Vabadussoja_Ajaloo_Komitee, lk 11
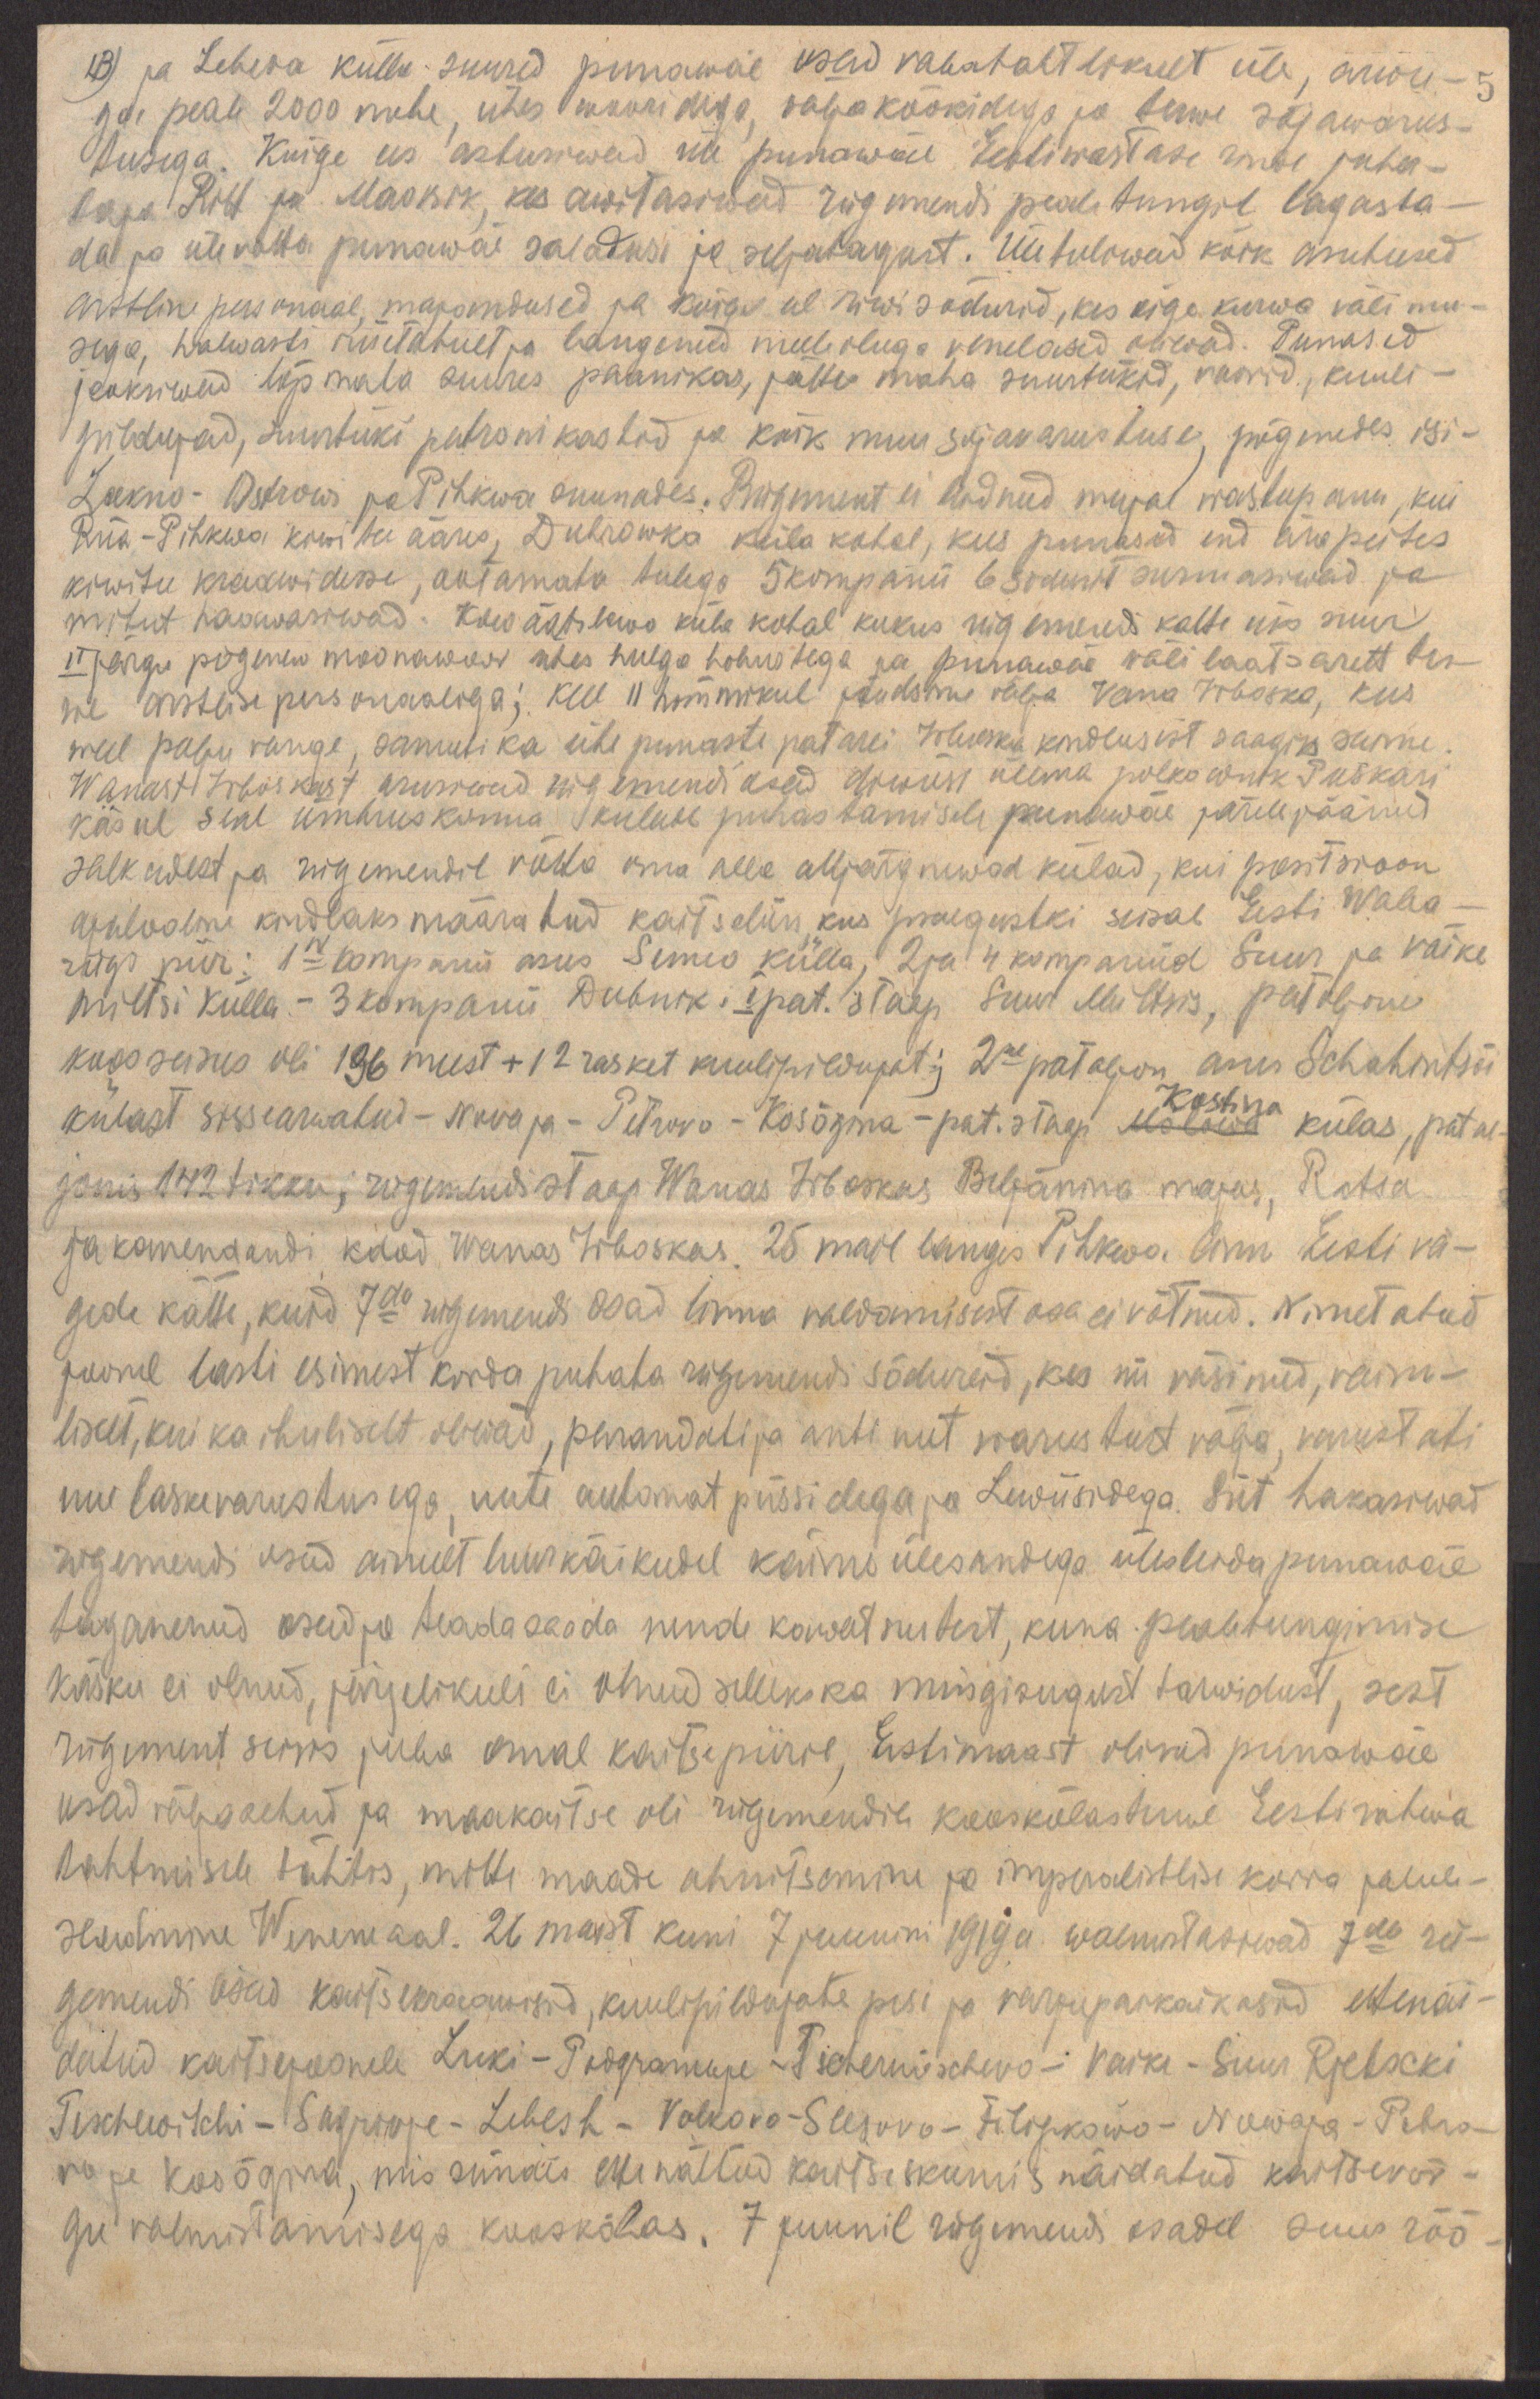
13) ja Lebeda külla suured punawäe osad vabatahtlikult üle, arwu - 5
ga peale 2000 mehe, ühes wooridega, väljaköökidega ja terwe sõjawarus-
tusega. Kõige ees astusiwad üle punawäe Eestiwastase rinde juha-
taja Ritt ja Maasik, kes awitasiwad rügemendi pealetungil tagasta-
da ja ülevõtta punawäe saladusi ja seljatagust. Ületuliwad kõik asutused
arstline personaal, majandused ja kõige eel riwisõdurid, kes õige kurwa välimu-
sega, halwasti riietatult ja langenud meeleoluga venelased oliwad. Punased
jooksiwad lõpmata suures paanikas, jättes maha suurtükid, voorid, kuuli-
pildujad, suurtüki patronikastid ja kõik muu sojavarustuse, põgenedes isi -
Lakno - Ostrowi ja Pihkwa suunades. Rügement ei leidnud mujal wastupanu, kui
Riia - Pihkwa kiwitee ääres, Dubrowko küla kohal, kus punased end ära peites
kiwitee kraawidesse, ootamata tulega 5 kompanii 6 sõdurit surmasiwad ja
mitut haawasiwad. Kowäätslowo küla kohal kukus rügemendi katte üks suur
II järgu põgenew moonawoor ühes hulga hobustega ja punawäe väli laatsarett ter-
we arstlise personaaliga; kell 11 hommikul jõudsime välja Vana Irboska, kus
weel palju vange, samuti ka ühe punaste patarei Irboska kindlusest saagiks saime.
Wanast Irboskast asusiwad rügemendi osad dewiisi ülema polkownik Puskari
käsul seal ümbruskonna külade puhastamisele punawäe järele jäänud
salkadest ja rügemendil võtta oma alla alljärgnewad külad, kui positsioon
ajaloolne kindlaks määratud kaitseliin, kus praegustki seisab Eesti Waba-
riigi piir: 1ne kompanii asus Senno külla, 2 ja 4 kompaniid Suur ja väike
Miltsi külla - 3 kompanii Dubnik; I pat. staap Suur Miltsis, pataljoni
koosseisus oli 196 meest +12 rasket kuulipildujat; 2ne pataljon asus Schahintsõi
külast sissearwatud - Novoja - Petrovo - Kosõgina - pat. staap Molosva külas, patal-
Kostina
jonis 142 tikku; rügemendi staap aga Wanas Irboskas Beljänina majas, Ratsa
ja komendandi kdod Wanas Irboskas. 25 mail langes Pihkwa linn Eesti vä-
gede kätte, kuid 7da rügemendi osad linna valdamisest osa ei võtnud. Nimetatud
joonel lasti esimest korda puhata rügemendi sõdureid, kes nii väsinud, vaim-
liselt, kui ka ihuliselt oliwad, parandati ja anti uut warustust välja, varustati
uue laskevarustusega, uute automat püssidega ja Lewiisidega. Siit hakasiwad
rügemendi osad ainult luurkäikudel käima ülesandega ülesleida punawäe
taganenud osad ja teada saada nende kawatsustest, kuna pealetungimise
käsku ei olnud, järjelikult ei olnud selleks ka mingisugust tarwidust, sest
rügement seisis juba omal kaitsepiiril, Eestimaast olivad punawäe
osad väljaaetud ja maakaitse oli rügemendile kooskõlas terwe Eesti rahwa
tahtmisele tähtis, mitte maade ahnitsemine ja imperalistlise korra jalule-
seadmine Wenemaal. 26 maist kuni 7 juunini 1919a. walmistasiwad 7da rü-
gemendi osad kaitsekraawisid, kuulipildujate pesi ja varjupaikaikasid ettenäi-
datud kaitsejoonele Luki - Podgramnje - Tschernischevo - Vaike - Suur Rjetscki
Teschewitchi - Sagrivje - Lebesh - Volkovo - Slesovo - Filipkowo - Nowoja - Petro-
vo ja Kosõgina, mis sündis ettenähtud kaitseskeemis näidatud kaitsevõr-
gu valmistamisega kooskõlas. 7 juunil rügemendi osadel suur rõõ-